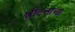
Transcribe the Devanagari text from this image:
श्रीदत्तांचा